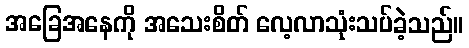
အခြေအနေကို အသေးစိတ် လေ့လာသုံးသပ်ခဲ့သည်။